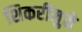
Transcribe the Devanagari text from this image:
शिकरींमुळे